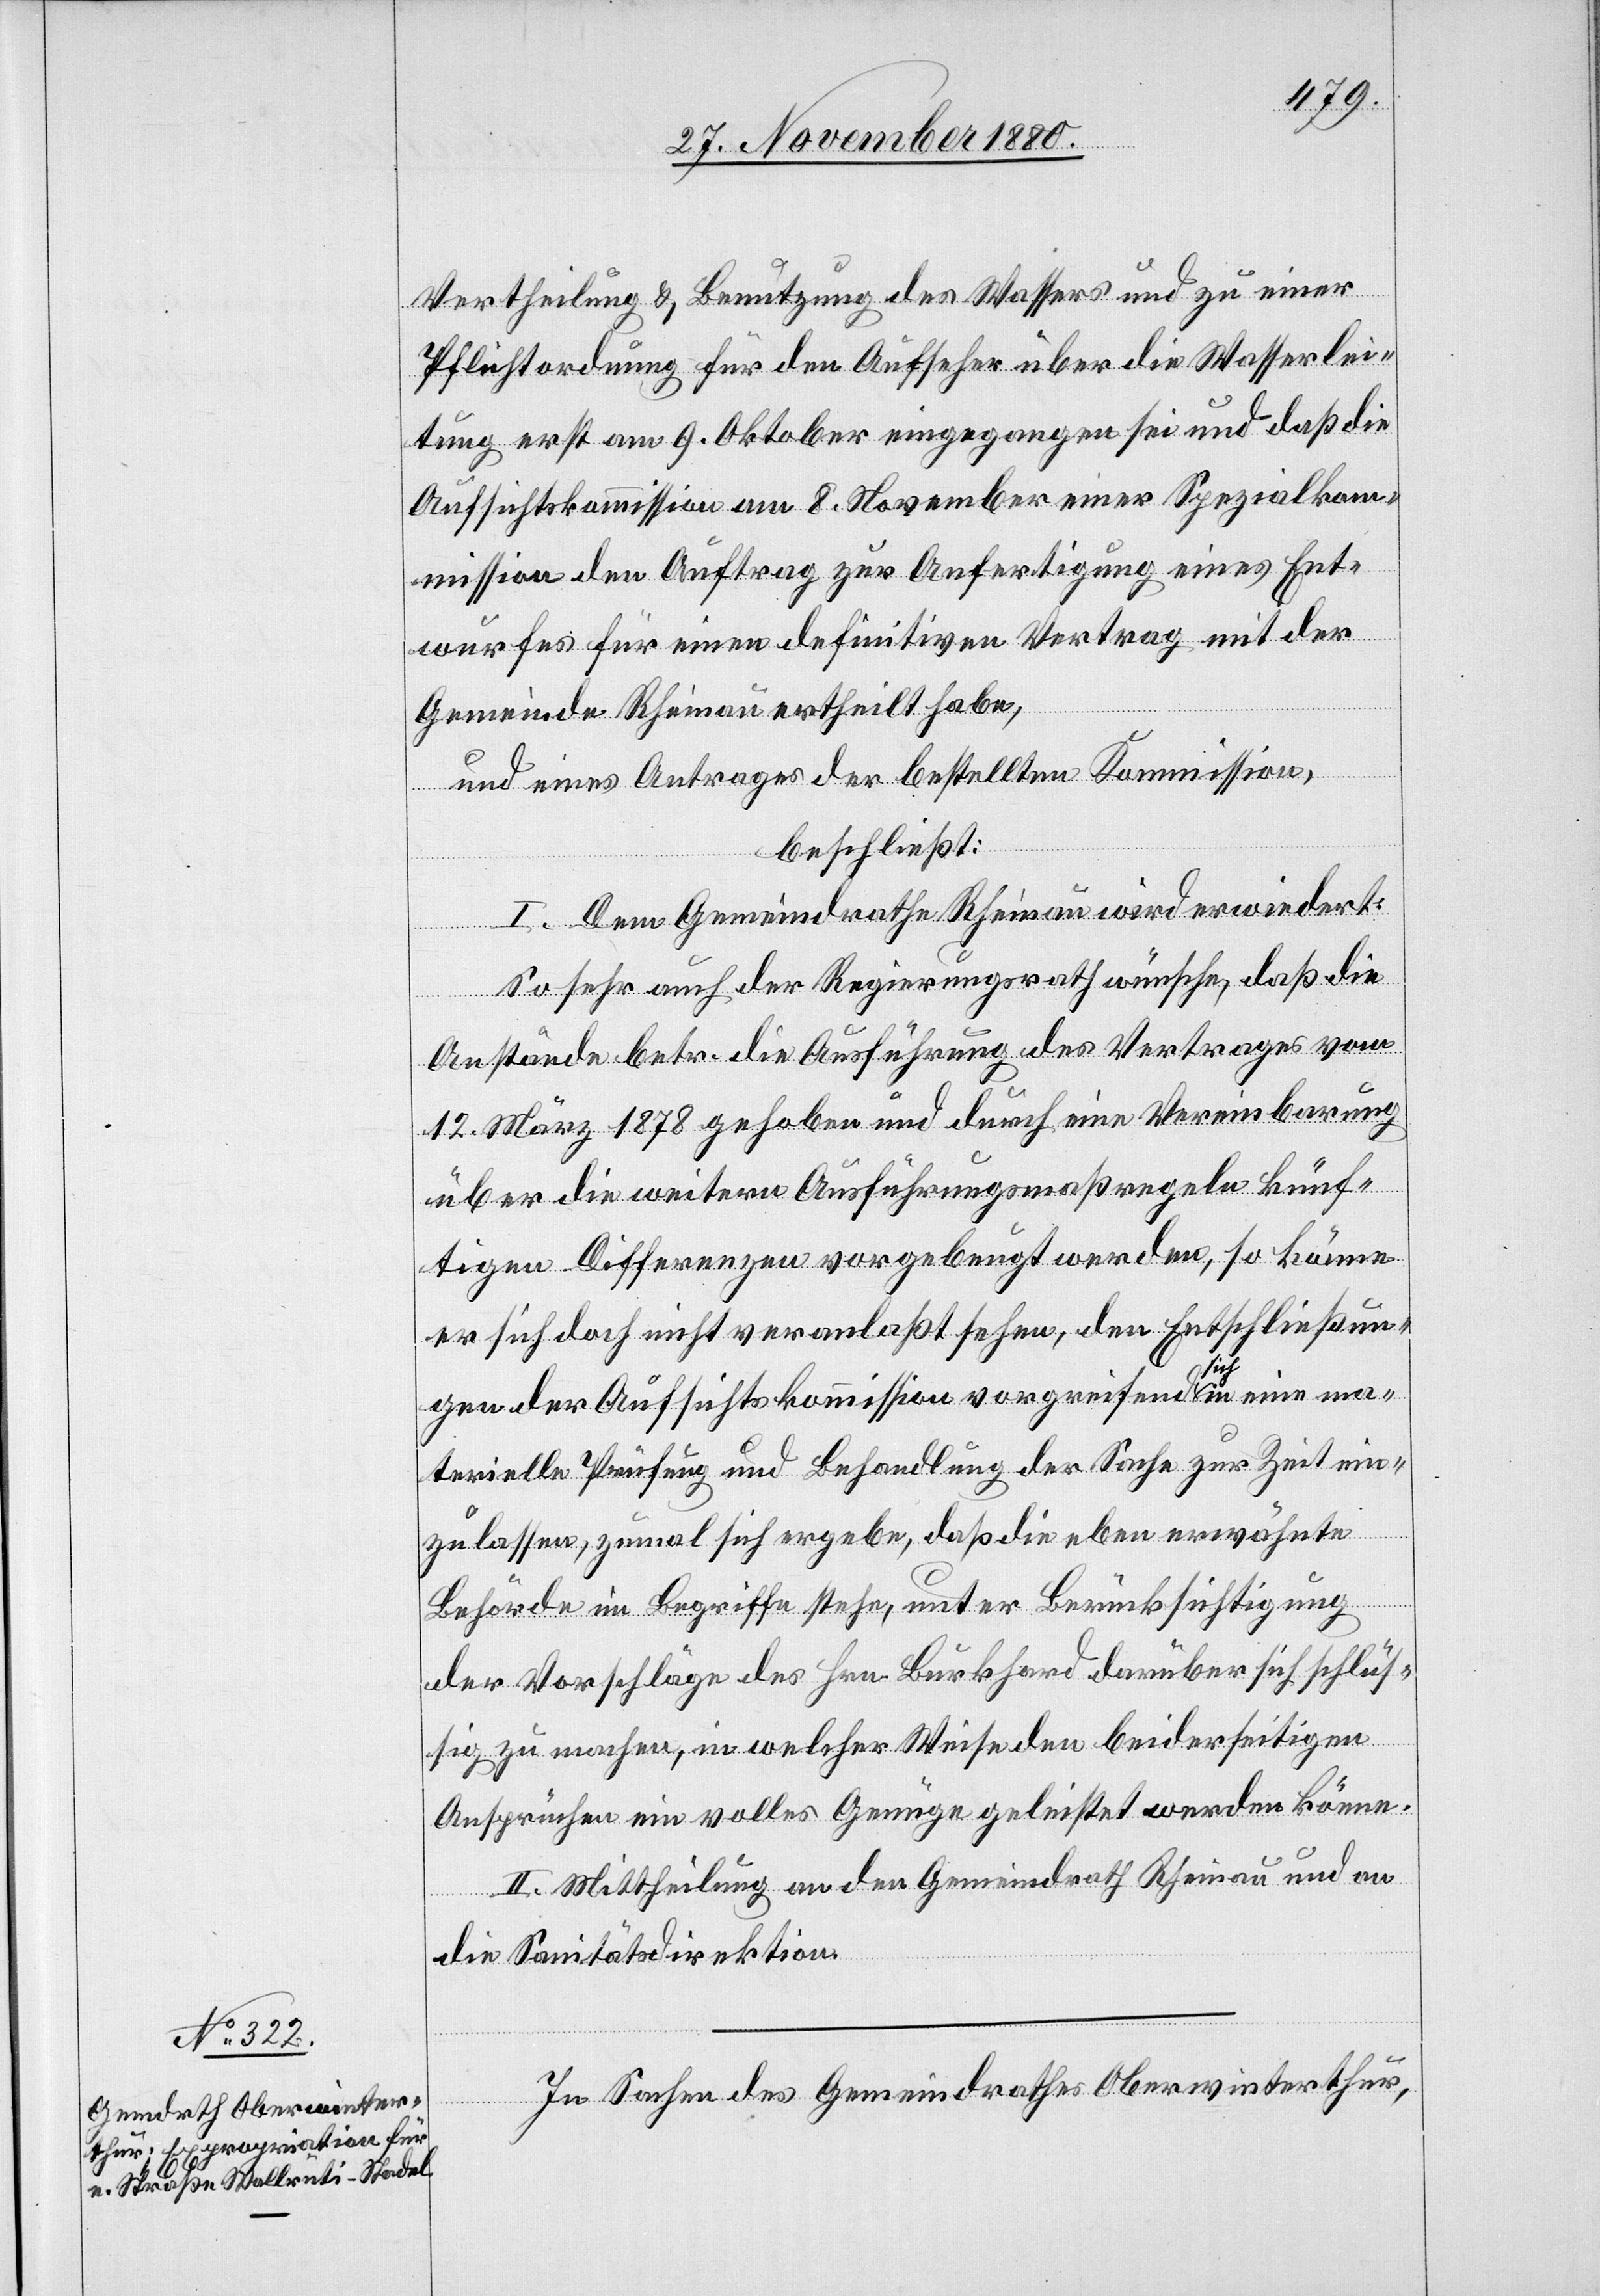
Vertheilung & Benutzung des Wassers und zu einer
Pflichtordnung für den Aufseher über die Wasserlei¬
tung erst am 9. Oktober eingegangen sei und daß die
Aufsichtskommission am 8. November einer Spezialkom¬
mission den Auftrag zur Anfertigung eines Ent¬
wurfes für einen definitiven Vertrag mit der
Gemeinde Rheinau ertheilt habe,
und eines Antrages der bestellten Kommission,
beschließt:
I. Dem Gemeindrathe Rheinau wird erwiedert:
So sehr auch der Regierungsrath wünsche, daß die
Anstände betr. die Ausführung des Vertrages vom
12. März 1878 gehoben und durch eine Vereinbarung
über die weitern Ausführungsmaßregeln künf¬
tigen Differenzen vorgebeugt werde, so könne
er sich doch nicht veranlaßt sehen, den Entschließun¬
gen der Aufsichtskommission vorgreifend sich in eine ma¬
terielle Prüfung und Behandlung der Sache zur Zeit ein¬
zulassen, zumal sich ergebe, daß die eben erwähnte
Behörde im Begriffe stehe, unter Berücksichtigung
der Vorschläge des Hrn. Burkhard darüber sich schlüs¬
sig zu machen, in welcher Weise den beiderseitigen
Ansprüchen ein volles Genüge geleistet werden könne.
II. Mittheilung an den Gemeindrath Rheinau und an
die Sanitätsdirektion.
In Sachen des Gemeindrathes Oberwinterthur,